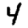
Digit: 4